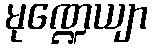
မုဏ္ဍေယျာ